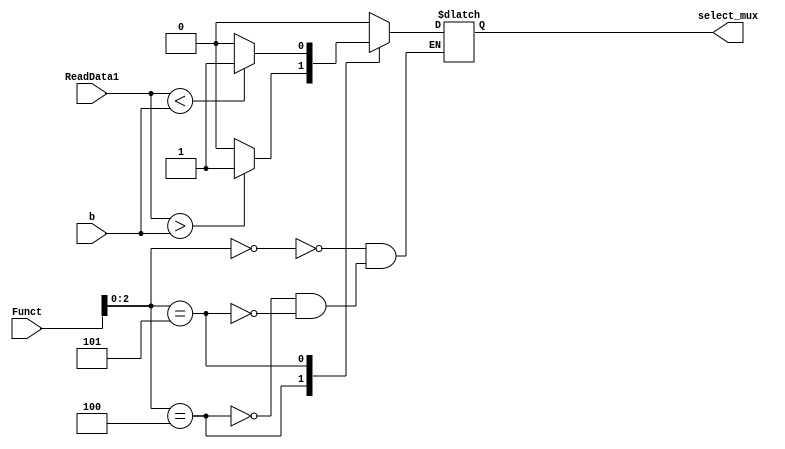
`timescale 1ns / 1ps
//////////////////////////////////////////////////////////////////////////////////
// Company: 
// Engineer: 
// 
// Design Name: 
// Module Name: branch_unit_selector
// Project Name: 
// Target Devices: 
// Tool Versions: 
// Description: 
// 
// Dependencies: 
// 
// Revision:
// Revision 0.01 - File Created
// Additional Comments:
// 
//////////////////////////////////////////////////////////////////////////////////


module branch_unit_selector(
    input [3:0] Funct,
    input [63:0] ReadData1,
    input [63:0] b,
    output reg select_mux
    
    );
initial 
    begin 
        select_mux=1'b0;
    end 
always  @(*)
begin 
    case (Funct [2:0])
        3'b000: 
            begin
                if (ReadData1 == b) 
                    select_mux =1'b0; 
                else 
                    select_mux =1'b0; 
                end 
        3'b100:
             begin
                if (ReadData1 > b) 
                    select_mux =1'b1; 
                else 
                    select_mux =1'b0; 
                end 
        3'b101:
             begin
                if (ReadData1 < b) 
                    select_mux =1'b1; 
                else 
                    select_mux =1'b0; 
                end     
                        
    endcase 
end             
endmodule